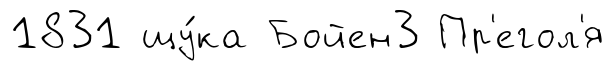
1831 щу́ка Бойен3 Пр'егол'я